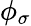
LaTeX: \phi_{\sigma}